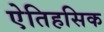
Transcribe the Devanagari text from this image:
एेतिहसिक